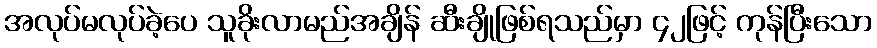
အလုပ်မလုပ်ခဲ့ပေ သူခိုးလာမည်အချိန် ဆီးချိုဖြစ်ရသည်မှာ ၄၂ဖြင့် ကုန်ပြီးသော